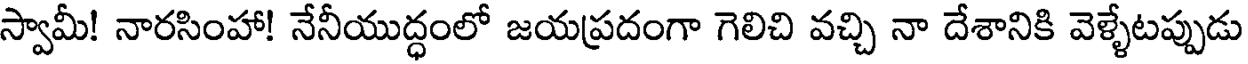
స్వామీ! నారసింహా! నేనీయుద్ధంలో జయప్రదంగా గెలిచి వచ్చి నా దేశానికి వెళ్ళేటప్పుడు